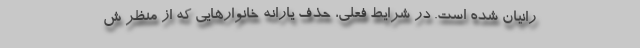
رانیان شده است. در شرایط فعلی، حذف یارانه خانوارهایی که از منظر ش